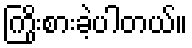
ကြိုးစားခဲ့ပါတယ်။